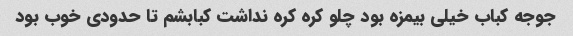
جوجه کباب خیلی بیمزه بود چلو کره کره نداشت کبابشم تا حدودی خوب بود